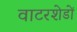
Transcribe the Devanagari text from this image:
वाटरशेडों